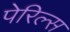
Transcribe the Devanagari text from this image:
पेरिल्स